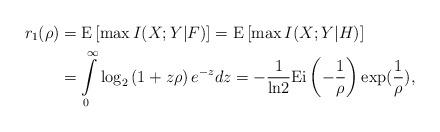
LaTeX: \begin{align*}r_1(\rho)&=\mathrm{E}\left[\max I(X;Y|F) \right]=\mathrm{E}\left[\max I(X;Y|H) \right]\\&=\int\limits_0^{\infty}\log_2\left(1+z\rho \right)e^{-z}dz=-\frac{1}{\mathrm{ln}2}\mathrm{Ei}\left(-\frac{1}{\rho} \right)\exp(\frac{1}{\rho}),\end{align*}